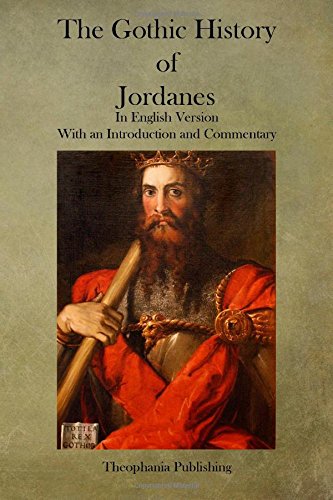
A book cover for The Gothic History of Jordanes; Jordanes; History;